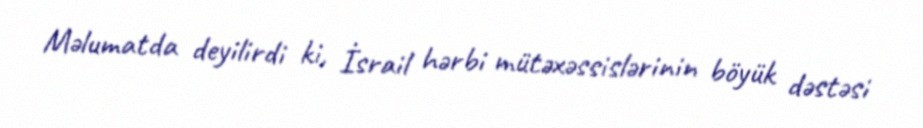
Məlumatda deyilirdi ki, İsrail hərbi mütəxəssislərinin böyük dəstəsi